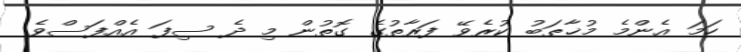
ހަމަ އެންމެ މުޚާޠަބު ކުރެވޭ ފަރާތުގެ ގޮތުން މި ދެ ސިފަ އެއްފަސްވެ